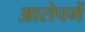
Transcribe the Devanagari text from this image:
आरोपमें